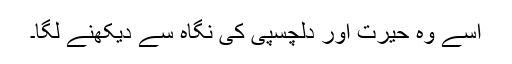
اسے وہ حیرت اور دلچسپی کی نگاہ سے دیکھنے لگا۔